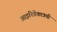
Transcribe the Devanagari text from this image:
आइरिडेक्टामी